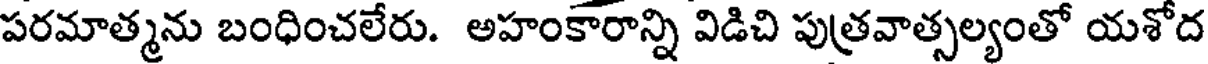
పరమాత్మను బంధించలేరు. అహంకారాన్ని విడిచి పుత్రవాత్సల్యంతో యశోద